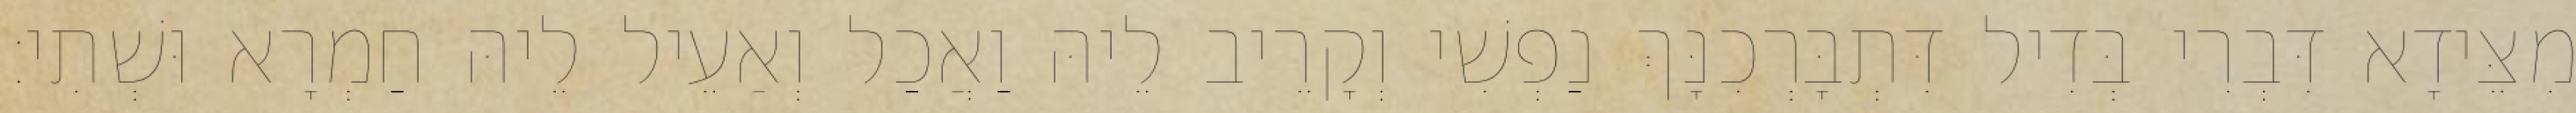
מִצֵּידָא דִּבְרִי בְּדִיל דִּתְבָּרְכִנָּךְ נַפְשִׁי וְקָרֵיב לֵיהּ וַאֲכַל וְאַעֵיל לֵיהּ חַמְרָא וּשְׁתִי׃